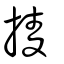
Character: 掕